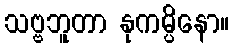
သဗ္ဗဘူတာ နုကမ္ပိနော။